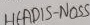
Text: HEADIS-NOSS